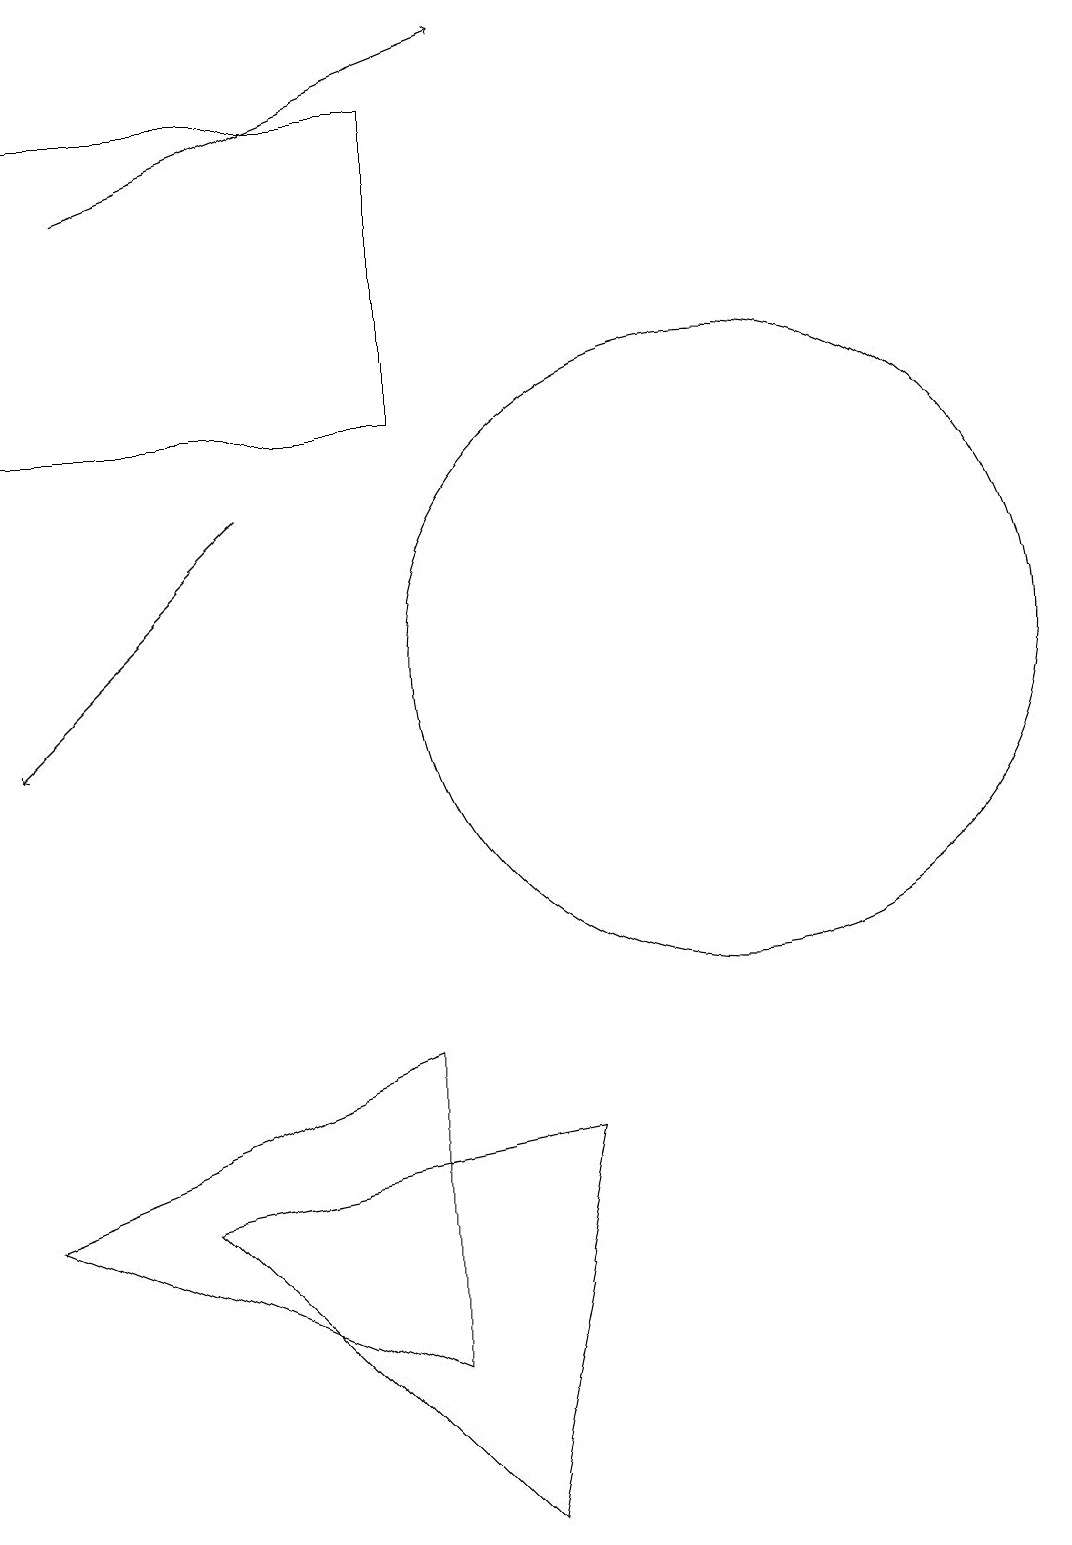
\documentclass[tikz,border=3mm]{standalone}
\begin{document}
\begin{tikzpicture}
\draw (11,11) circle (4);
\draw (2,14) rectangle (7,18);
\draw[->] (3,17) -- (8,19);
\draw[->] (5,13) -- (2,10);
\draw (9,5) -- (8,0) -- (4,4) -- cycle;
\draw (7,6) -- (2,4) -- (7,2) -- cycle;
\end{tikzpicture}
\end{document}